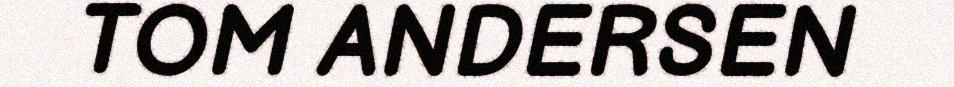
TOM ANDERSEN